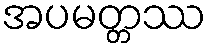
အပမတ္တဿ